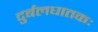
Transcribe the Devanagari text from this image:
दुर्बलघातकः